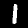
Digit: 1